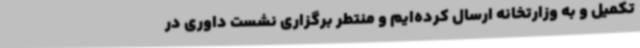
تکمیل و به وزارتخانه ارسال کرده‌ایم و منتطر برگزاری نشست داوری در